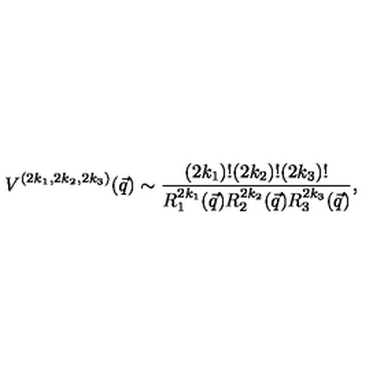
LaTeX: V ^ { ( 2 k _ { 1 } , 2 k _ { 2 } , 2 k _ { 3 } ) } ( \vec { q } ) \sim \frac { ( 2 k _ { 1 } ) ! ( 2 k _ { 2 } ) ! ( 2 k _ { 3 } ) ! } { R _ { 1 } ^ { 2 k _ { 1 } } ( \vec { q } ) R _ { 2 } ^ { 2 k _ { 2 } } ( \vec { q } ) R _ { 3 } ^ { 2 k _ { 3 } } ( \vec { q } ) } ,